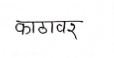
मजकूर: काठावर